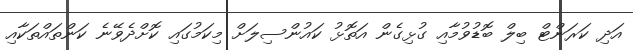
އަދި ކަރަންޓް ބިލް ބޮޑުވުމާއި ގުޅިގެން އަތޮޅު ކައުންސިލަށް މިކަމުގައި ކޮށްދެވޭނެ ކަންތައްތަކާއި